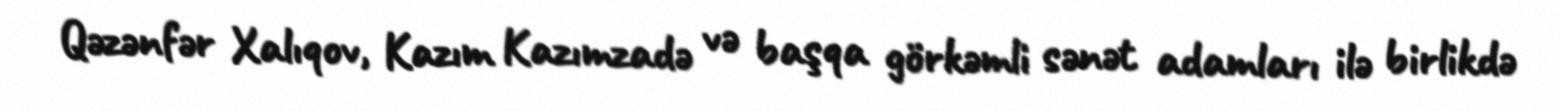
Qəzənfər Xalıqov, Kazım Kazımzadə və başqa görkəmli sənət adamları ilə birlikdə